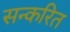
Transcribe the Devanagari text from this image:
सन्करित